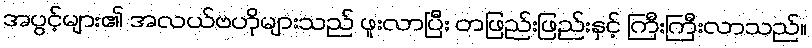
အပွင့်များ၏ အလယ်ဗဟိုများသည် ဖူးလာပြီး တဖြည်းဖြည်းနှင့် ကြီးကြီးလာသည်။